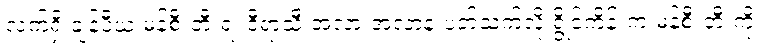
လက်ရှိ ချန်ပီယံ မန်စီးတီးရဲ့ ဒီရာသီ အလားအလာနဲ့ ပတ်သက်လို့ ရွိုင်ကိန်းက မန်စီးတီးကို